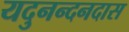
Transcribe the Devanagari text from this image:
यदुनन्दनदास